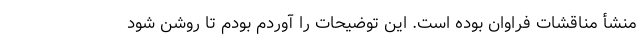
منشأ مناقشات فراوان بوده است. این توضیحات را آوردم بودم تا روشن شود